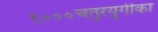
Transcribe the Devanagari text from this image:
१०००चतुरयुगीका